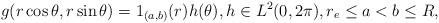
LaTeX: \begin{align*} g(r\cos\theta,r\sin\theta)=1_{(a,b)}(r) h(\theta), h\in L^2(0,2\pi),r_e\le a<b\le R,\end{align*}